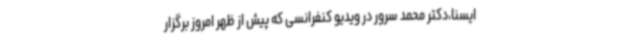
ایسنا،دکتر محمد سرور در ویدیو کنفرانسی که پیش از ظهر امروز برگزار